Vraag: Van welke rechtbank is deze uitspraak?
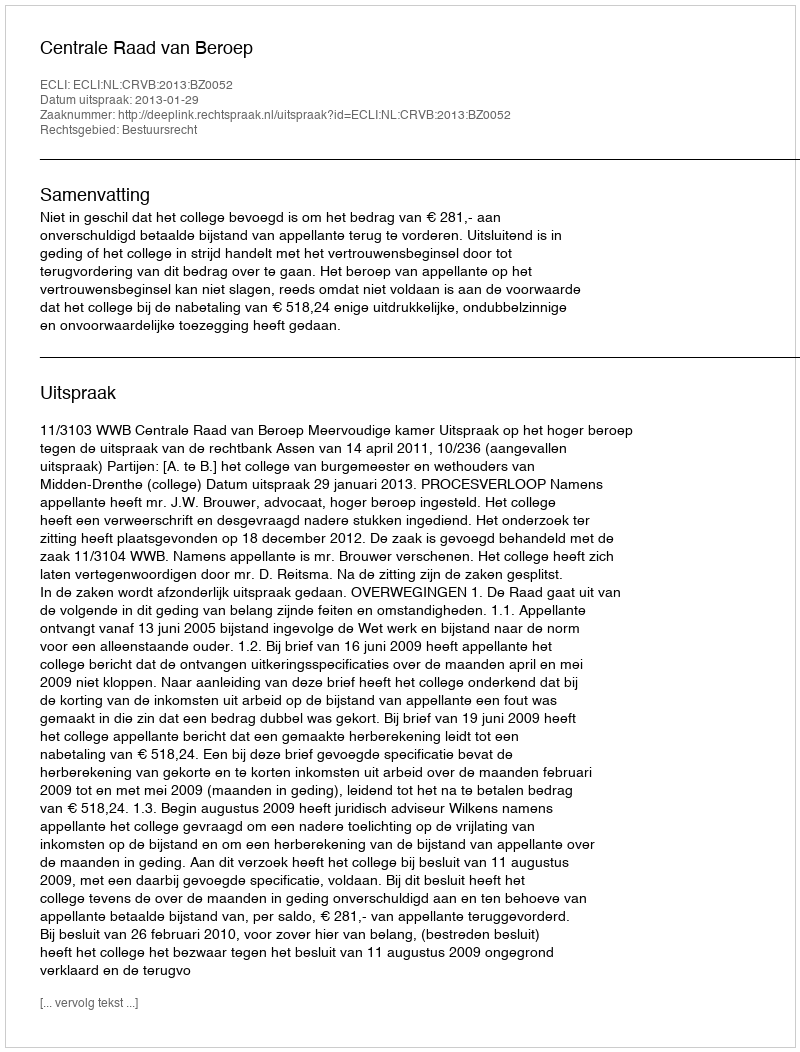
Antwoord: Centrale Raad van Beroep